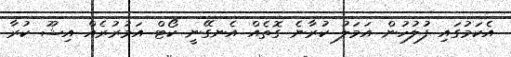
އެކަމުގައި ފުލުހުން އަމަލު ކުރާނެ ގޮތެއް އެނގޭނީ ކޯޓް އަމުރުރެއް އިޝޫ ކުރާ